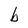
Character: b